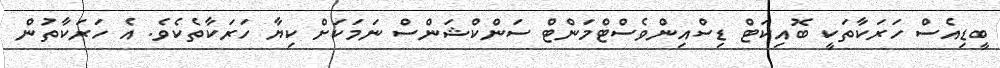
ބީޑިއެސް ހަރަކާތަކީ ބޮއިކަޓް ޑިސްއިންވެސްޓްމަންޓް ސަންކްޝަންސް ނަމަކަށް ކިޔާ ހަރަކާތެކެވެ. އެ ހަރަކާތުން